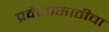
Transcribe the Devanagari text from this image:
प्रवेशासाठीचा